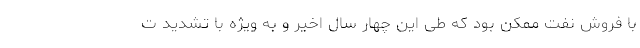
با فروش نفت ممکن بود که طی این چهار سال اخیر و به ویژه با تشدید ت